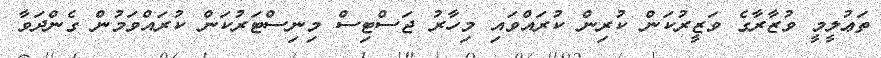
ތަޢުލީމީ ވުޒާރާގެ ވަޒީރުކަން ކުރިން ކުރައްވައި މިހާރު ޖަސްޓިސް މިނިސްޓަރުކަން ކުރައްވަމުން ގެންދަވާ